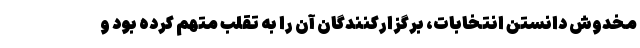
مخدوش دانستن انتخابات، برگزارکنندگان آن را به تقلب متهم کرده بود و